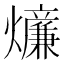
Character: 𤒄